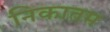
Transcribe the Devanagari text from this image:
निकातम